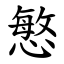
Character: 慜